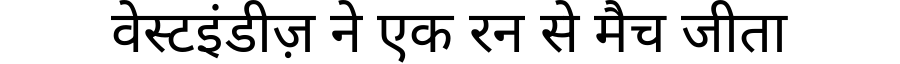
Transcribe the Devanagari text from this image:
वेस्टइंडीज़ ने एक रन से मैच जीता